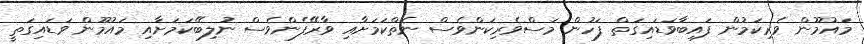
މައުމޫން ވެރިކަމުން ފައިބާވަޑައިގަތް ފަހުން މަސްވެރިކަންވެސް ނެތްކަމަށާއި ވާރޭފެންވެސް ނުލިބޭކަމަށާއި މައުމޫން ވަޑައިގަތީ